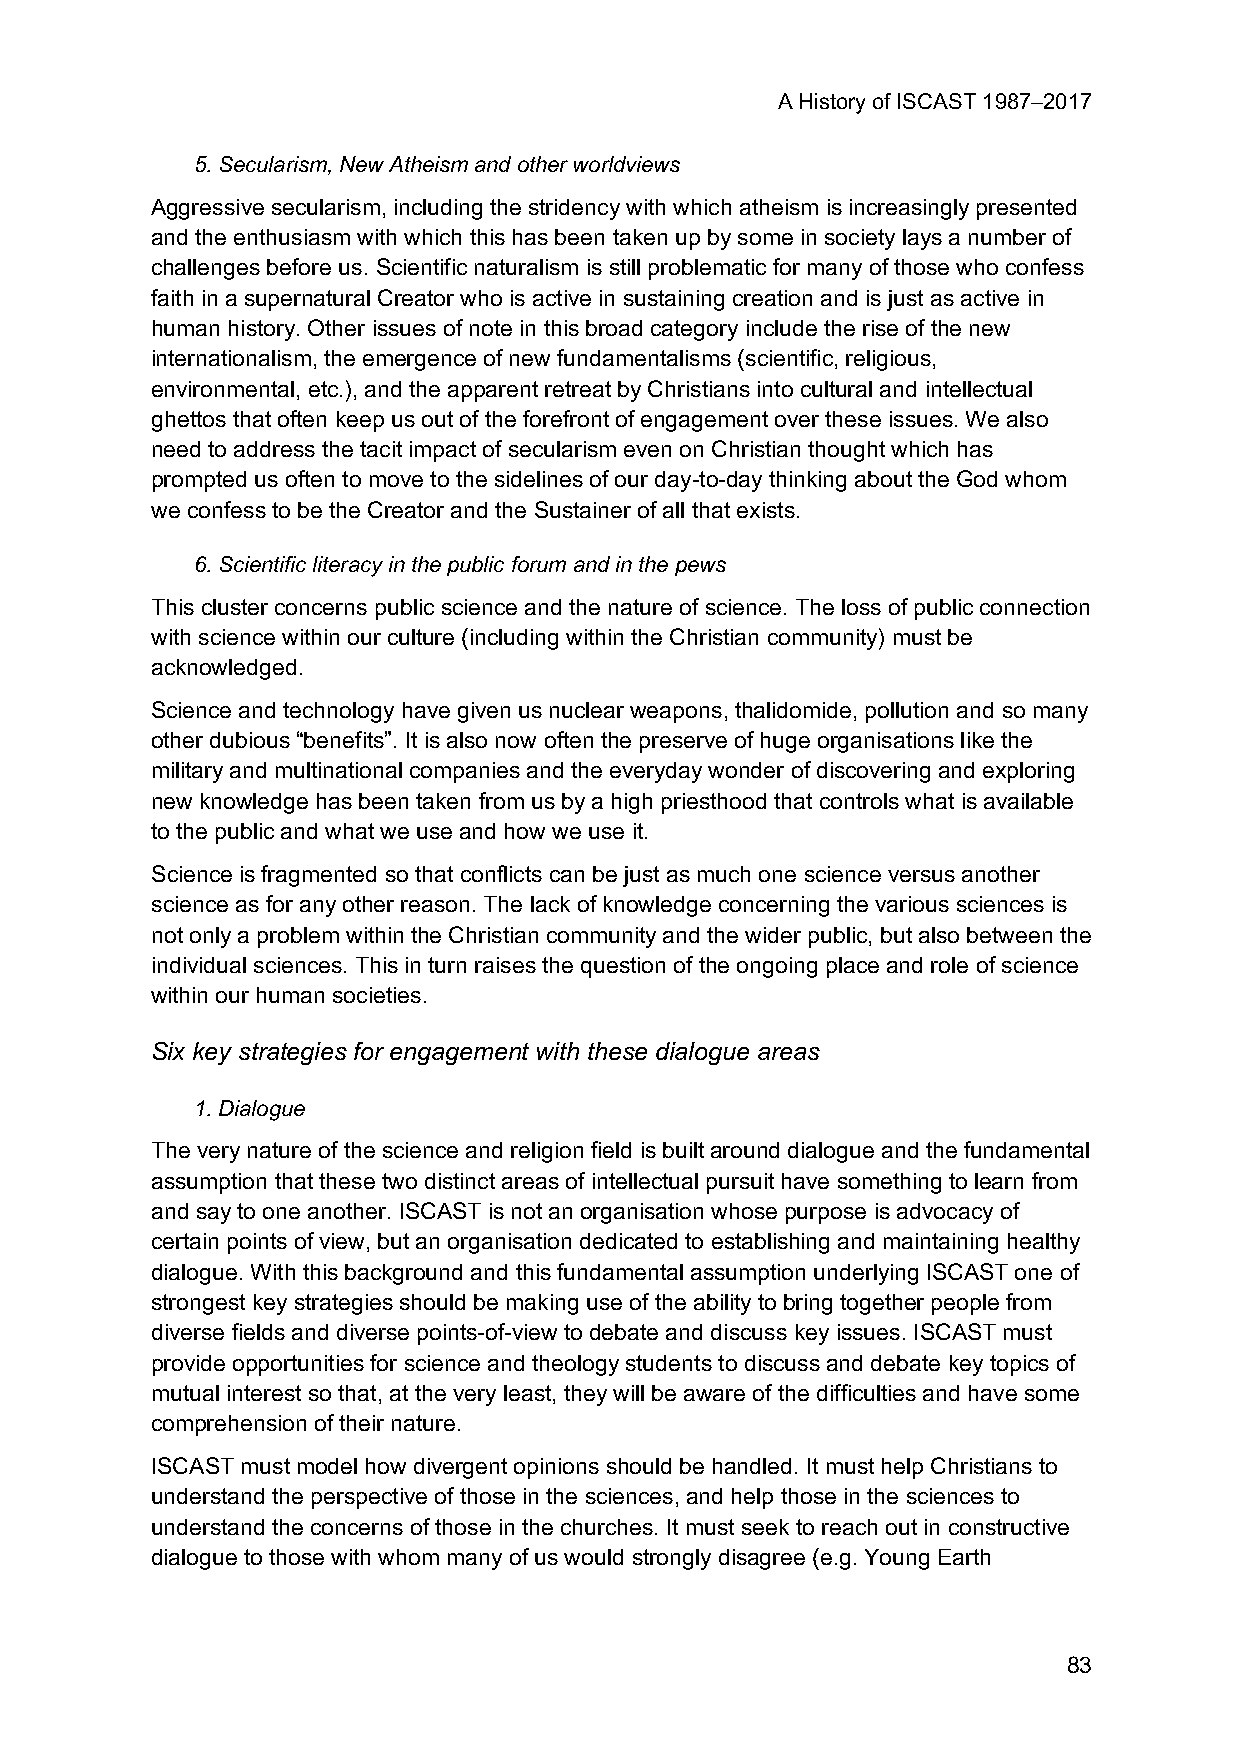
A History of ISCAST 1987–2017
 5. Secularism, New Atheism and other worldviews
 Aggressive secularism, including the stridency with which atheism is increasingly presented
 and the enthusiasm with which this has been taken up by some in society lays a number of
 challenges before us. Scientific naturalism is still problematic for many of those who confess
 faith in a supernatural Creator who is active in sustaining creation and is just as active in
 human history. Other issues of note in this broad category include the rise of the new
 internationalism, the emergence of new fundamentalisms (scientific, religious,
 environmental, etc.), and the apparent retreat by Christians into cultural and intellectual
 ghettos that often keep us out of the forefront of engagement over these issues. We also
 need to address the tacit impact of secularism even on Christian thought which has
 prompted us often to move to the sidelines of our day-to-day thinking about the God whom
 we confess to be the Creator and the Sustainer of all that exists.
 6. Scientific literacy in the public forum and in the pews
 This cluster concerns public science and the nature of science. The loss of public connection
 with science within our culture (including within the Christian community) must be
 acknowledged.
 Science and technology have given us nuclear weapons, thalidomide, pollution and so many
 other dubious “benefits”. It is also now often the preserve of huge organisations like the
 military and multinational companies and the everyday wonder of discovering and exploring
 new knowledge has been taken from us by a high priesthood that controls what is available
 to the public and what we use and how we use it.
 Science is fragmented so that conflicts can be just as much one science versus another
 science as for any other reason. The lack of knowledge concerning the various sciences is
 not only a problem within the Christian community and the wider public, but also between the
 individual sciences. This in turn raises the question of the ongoing place and role of science
 within our human societies.
 Six key strategies for engagement with these dialogue areas
 1. Dialogue
 The very nature of the science and religion field is built around dialogue and the fundamental
 assumption that these two distinct areas of intellectual pursuit have something to learn from
 and say to one another. ISCAST is not an organisation whose purpose is advocacy of
 certain points of view, but an organisation dedicated to establishing and maintaining healthy
 dialogue. With this background and this fundamental assumption underlying ISCAST one of
 strongest key strategies should be making use of the ability to bring together people from
 diverse fields and diverse points-of-view to debate and discuss key issues. ISCAST must
 provide opportunities for science and theology students to discuss and debate key topics of
 mutual interest so that, at the very least, they will be aware of the difficulties and have some
 comprehension of their nature.
 ISCAST must model how divergent opinions should be handled. It must help Christians to
 understand the perspective of those in the sciences, and help those in the sciences to
 understand the concerns of those in the churches. It must seek to reach out in constructive
 dialogue to those with whom many of us would strongly disagree (e.g. Young Earth
 83